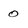
Character: 0